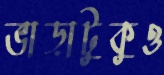
ভাড়াটুকুও